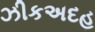
ઝીકઅદહ